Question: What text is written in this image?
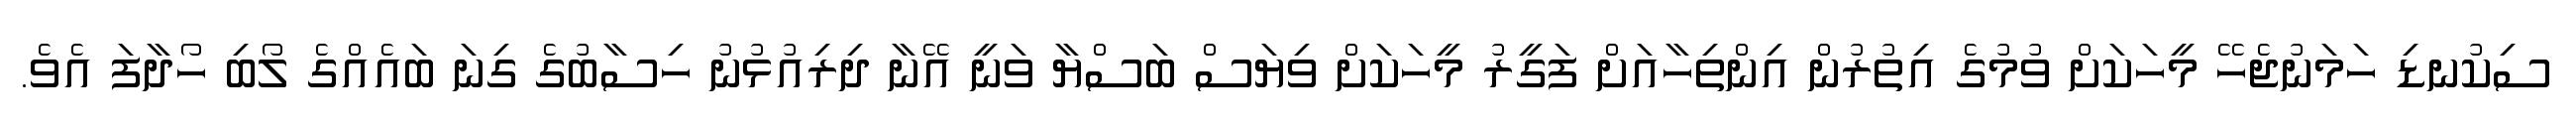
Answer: ސިކުނޑި ހަމަނުޖެހޭ މީހަކަށް ވުމުގެ އިތުރުން އިންތިހާއަށް ފަގީރު މީހަކަށް ވިޔަސް ބަސްޔާ ވަނީ އޭނާ ދިރިއުޅުނު ހިސާބުގެ ގިނަ ބައެއްގެ ލޯބި ހޯދާފަ އެވެ.